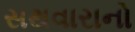
સથવારાનો